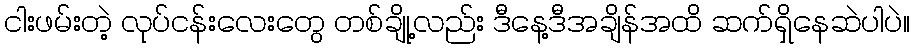
ငါးဖမ်းတဲ့ လုပ်ငန်းလေးတွေ တစ်ချို့လည်း ဒီနေ့ဒီအချိန်အထိ ဆက်ရှိနေဆဲပါပဲ။